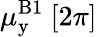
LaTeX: \mu_{\mathrm{y}}^{{\mathrm B}1}~[2\pi]